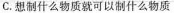
C.想制什么物质就可以制什么物质